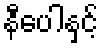
နီပေါနှင့်